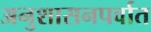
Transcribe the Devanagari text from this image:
अनुशासनपर्वात